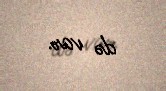
də var.